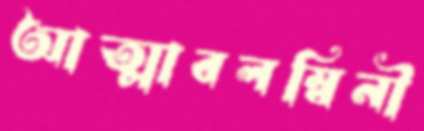
আত্মাবলম্বিনী